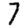
Digit: 7